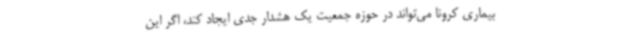
بیماری کرونا می‌تواند در حوزه جمعیت یک هشدار جدی ایجاد کند، اگر این